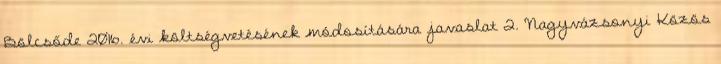
Bölcsőde 2016. évi költségvetésének módosítására javaslat 2. Nagyvázsonyi Közös